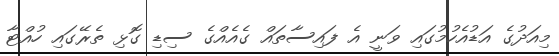
މިއަދުގެ އަޑުއެހުމުގައި ވަނީ އެ ފައިސާތައް ގެއެއްގެ ސިޑި ގޮޅި ތެރޭގައި ހުއްޓާ